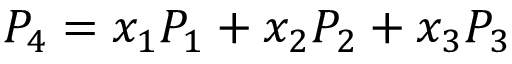
P _ { 4 } = x _ { 1 } P _ { 1 } + x _ { 2 } P _ { 2 } + x _ { 3 } P _ { 3 }